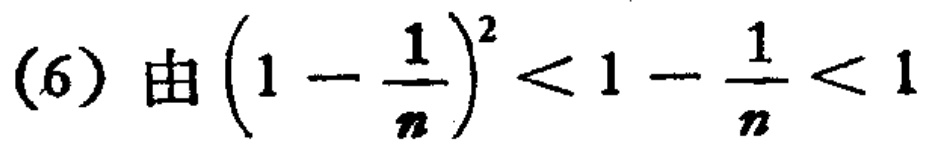
(6) 由\((1 - \frac{1}{n})^2 < 1 - \frac{1}{n} < 1\)